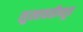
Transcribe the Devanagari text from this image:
सुखावतीव्यूह